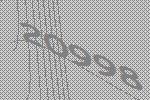
20998